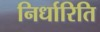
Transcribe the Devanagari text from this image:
निर्धारिति